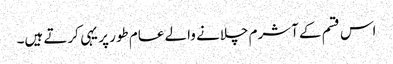
اس قسم کے آشرم چلانے والے عام طور پر یہی کرتے ہیں۔